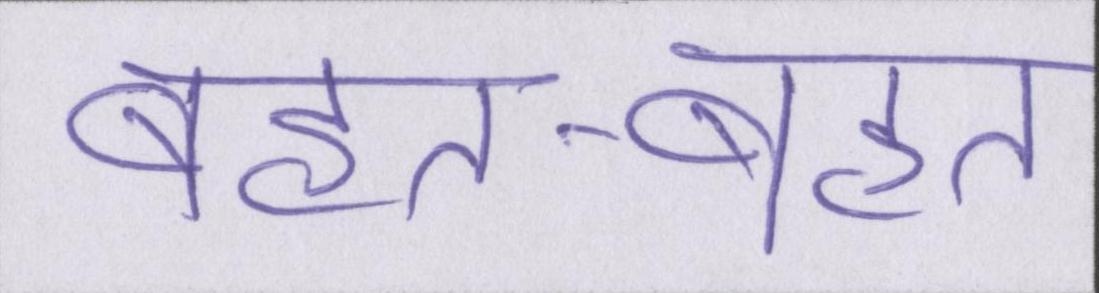
बहुत-बहुत